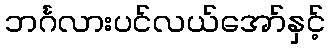
ဘင်္ဂလားပင်လယ်အော်နှင့်